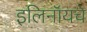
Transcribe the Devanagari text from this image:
इलिनॉयचे